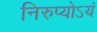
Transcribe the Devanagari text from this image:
निरुप्योऽयं